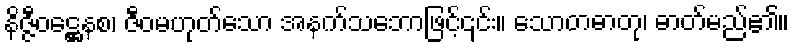
နိဇ္ဇီဝဋ္ဌေနစ၊ ဇီဝမဟုတ်သော အနက်သဘောဖြင့်၎င်း။ သောတဓာတု၊ ဓာတ်မည်၏။